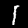
Label: 1